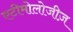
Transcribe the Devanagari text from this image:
एटीमोलोजीज़